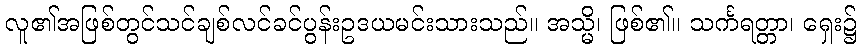
လူ၏အဖြစ်တွင်သင်ချစ်လင်ခင်ပွန်းဥဒယမင်းသားသည်။ အသ္မိ၊ ဖြစ်၏။ သင်္ကရတ္တာ၊ ရှေး၌